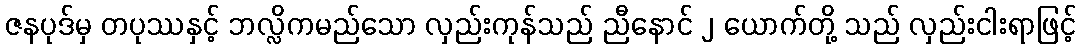
ဇနပုဒ်မှ တပုဿနှင့် ဘလ္လိကမည်သော လှည်းကုန်သည် ညီနောင် ၂ ယောက်တို့ သည် လှည်းငါးရာဖြင့်